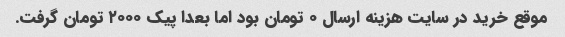
موقع خرید در سایت هزینه ارسال ۰ تومان بود اما بعدا پیک ۲۰۰۰ تومان گرفت.